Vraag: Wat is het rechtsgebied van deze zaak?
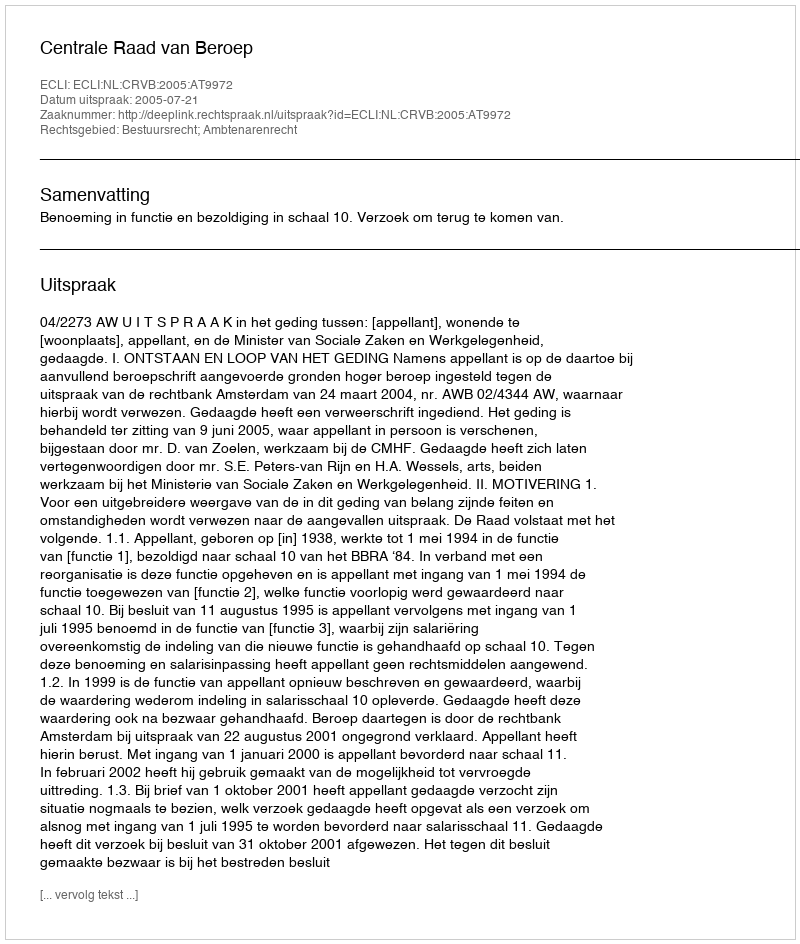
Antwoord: Bestuursrecht; Ambtenarenrecht